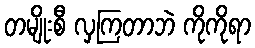
တမျိုးစီ လှကြတာဘဲ ကိုကိုရာ